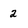
Character: 2